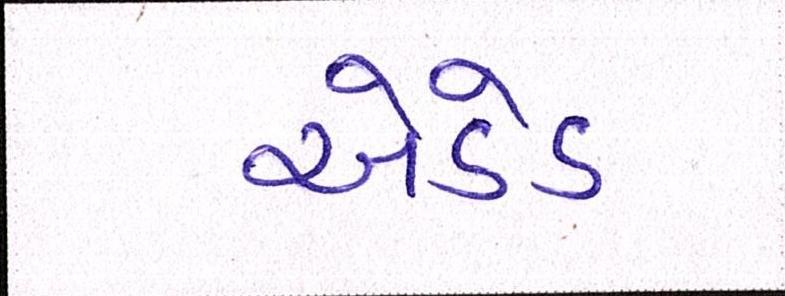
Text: એડેડ